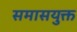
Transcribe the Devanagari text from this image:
समासयुक्त